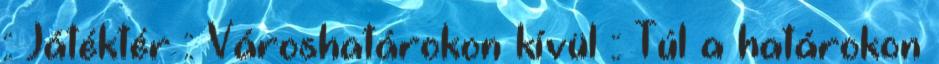
:: Játéktér :: Városhatárokon kívül :: Túl a határokon